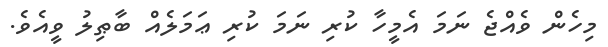
މިހެން ވެއްޖެ ނަމަ އެމީހާ ކުރި ނަމަ ކުރި ޢަމަލެއް ބާޠިލު ވީއެވެ.